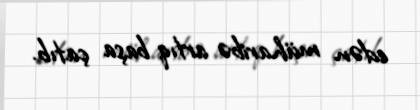
edən müharibə artıq başa çatıb.